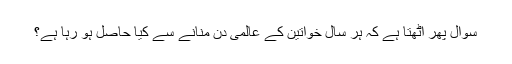
سوال پھر اٹھتا ہے کہ ہر سال خواتین کے عالمی دن منانے سے کیا حاصل ہو رہا ہے؟